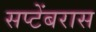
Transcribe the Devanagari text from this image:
सप्टेंबरास